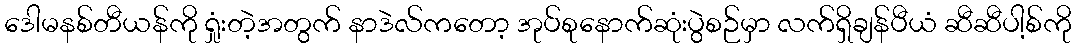
ဒေါမနစ်တီယန်ကို ရှုံးတဲ့အတွက် နာဒဲလ်ကတော့ အုပ်စုနောက်ဆုံးပွဲစဉ်မှာ လက်ရှိချန်ပီယံ ဆီဆီပါ့စ်ကို